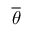
\overline { { \theta } }